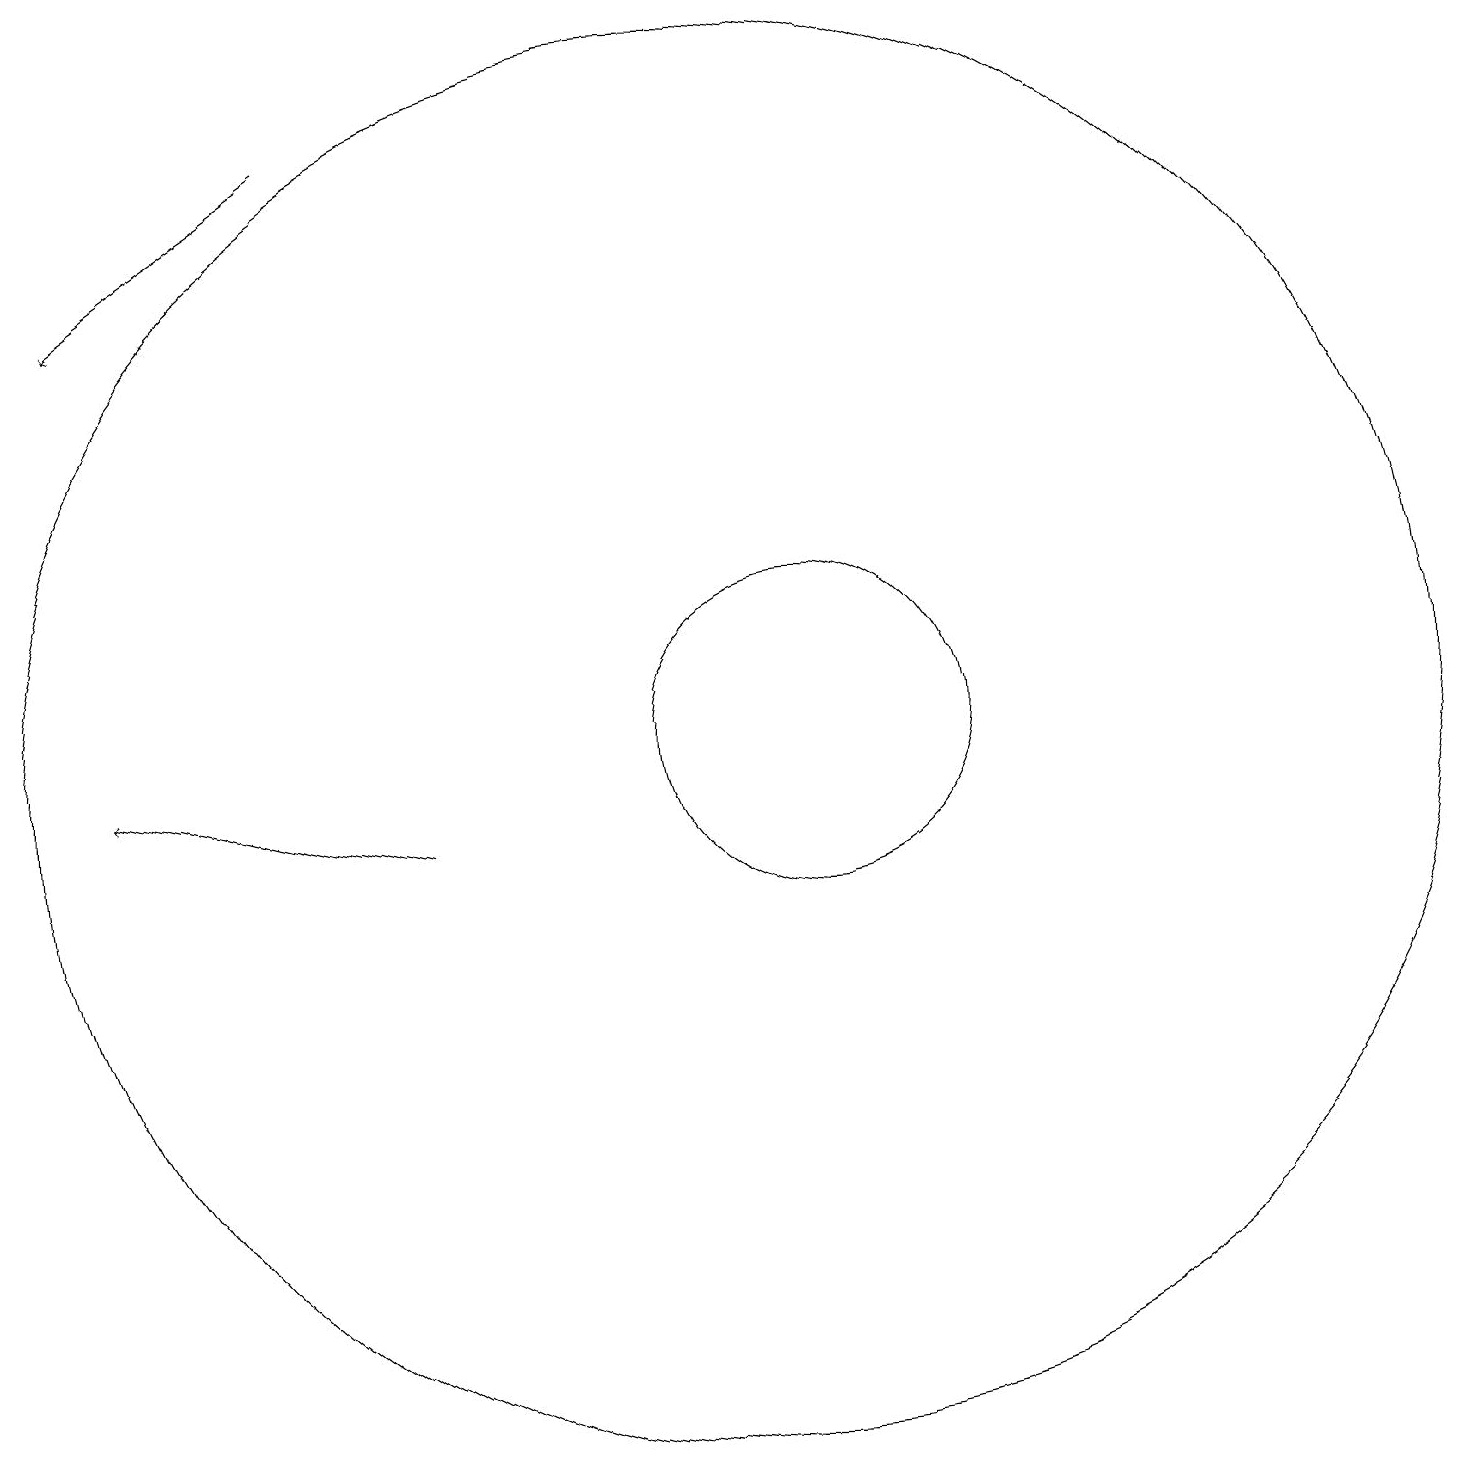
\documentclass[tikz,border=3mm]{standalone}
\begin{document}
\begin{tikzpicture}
\draw (11,11) circle (2);
\draw (10,11) circle (9);
\draw[->] (5,19) -- (2,17);
\draw[->] (6,10) -- (2,11);
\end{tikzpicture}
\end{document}